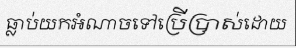
ធ្លាប់យកអំណាចទៅប្រើប្រាស់ដោយ